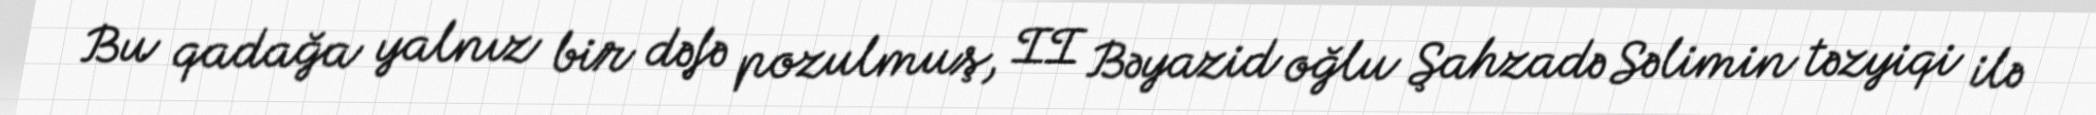
Bu qadağa yalnız bir dəfə pozulmuş, II Bəyazid oğlu Şahzadə Səlimin təzyiqi ilə